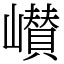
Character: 㠝